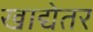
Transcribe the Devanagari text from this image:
खाद्येतर